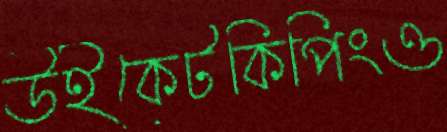
উইকেটকিপিংও